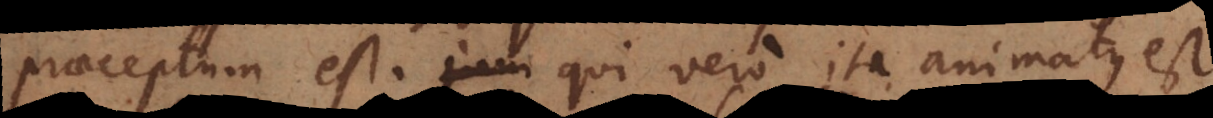
praeceptum est. Qui vero ita animatus est,